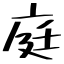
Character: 庭